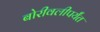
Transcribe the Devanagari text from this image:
बोरीवलीपर्यंत